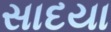
સાદયા